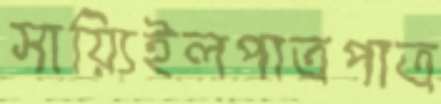
সায়্যিইলপাত্রপাত্র